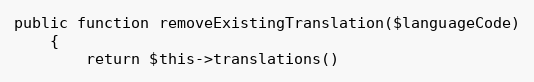
Language: PHP
public function removeExistingTranslation($languageCode)
    {
        return $this->translations()